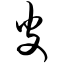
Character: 皮